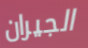
الجيران